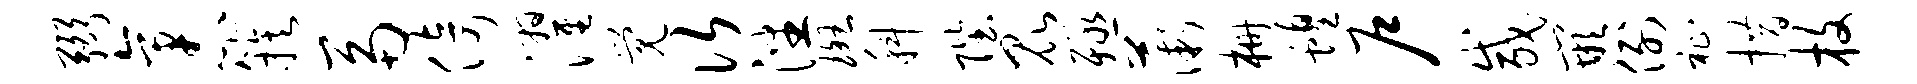
弼袤簇鬲倚濯觉次潘斑科陛昆殛薇栅蝗户咸嵌例祉措枚